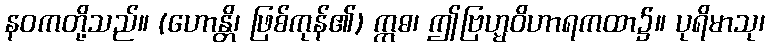
နဝကတို့သည်။ (ဟောန္တိ၊ ဖြစ်ကုန်၏) ဣဓ၊ ဤဗြဟ္မဝိဟာရကထာ၌။ ပုရိမာသု၊